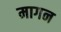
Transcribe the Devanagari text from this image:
मागन